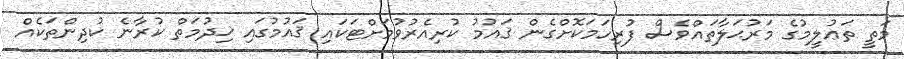
މަތީ ތަޢުލީމުގެ މަރުޙަލާތައްވެސް ފުރިހަމަކޮށްގެން ޤައުމު ކުރިއެރުވުމަށްޓަކައި ޤައުމުގައި ޚިދުމަތް ކުރާނެ ކުދިންތަކެއް